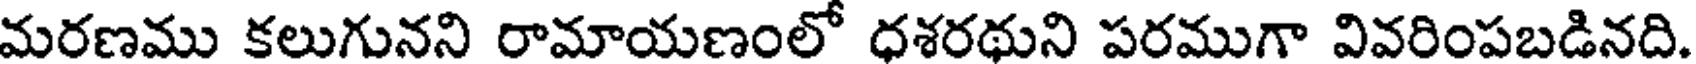
మరణము కలుగునని రామాయణంలో ధశరథుని పరముగా వివరింపబడినది